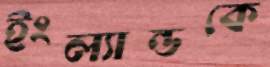
ইংল্যান্ডকে